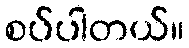
စပ်ပါတယ်။